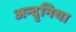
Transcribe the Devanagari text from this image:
अन्दृनिया